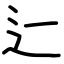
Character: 辷